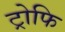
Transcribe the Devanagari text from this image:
ट्रोफि